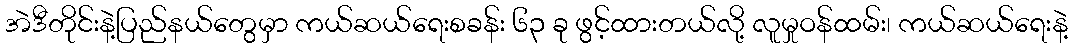
အဲဒီတိုင်းနဲ့ပြည်နယ်တွေမှာ ကယ်ဆယ်ရေးစခန်း ၆၃ ခု ဖွင့်ထားတယ်လို့ လူမှုဝန်ထမ်း၊ ကယ်ဆယ်ရေးနဲ့